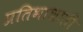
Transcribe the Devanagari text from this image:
प्रतिभाशाली